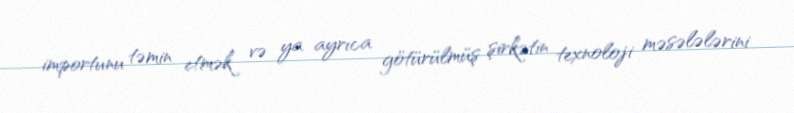
importunu təmin etmək və ya ayrıca götürülmüş şirkətin texnoloji məsələlərini